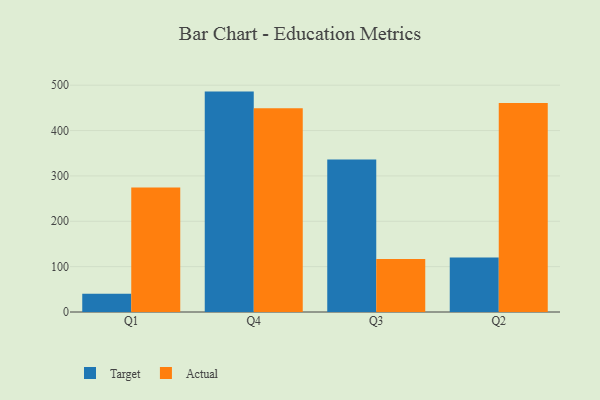
{"axis": {"x": "Quarter", "y": "Budget (USD K)"}, "legend": ["Actual", "Target"], "data": [{"x": "Q1", "y": 40.4, "type": "Target"}, {"x": "Q1", "y": 274.4, "type": "Actual"}, {"x": "Q4", "y": 485.9, "type": "Target"}, {"x": "Q4", "y": 449.0, "type": "Actual"}, {"x": "Q3", "y": 336.2, "type": "Target"}, {"x": "Q3", "y": 116.7, "type": "Actual"}, {"x": "Q2", "y": 120.3, "type": "Target"}, {"x": "Q2", "y": 460.6, "type": "Actual"}]}